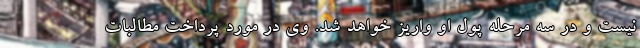
نیست و در سه مرحله پول او واریز خواهد شد. وی در مورد پرداخت مطالبات